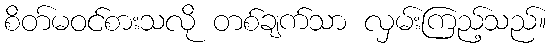
စိတ်မဝင်စားသလို တစ်ချက်သာ လှမ်းကြည့်သည်။